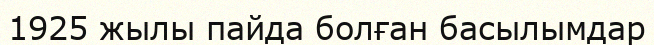
1925 жылы пайда болған басылымдар